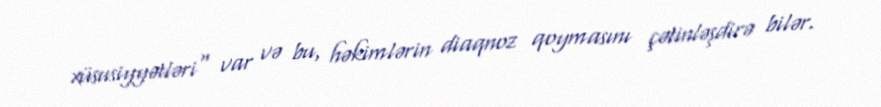
xüsusiyyətləri" var və bu, həkimlərin diaqnoz qoymasını çətinləşdirə bilər.